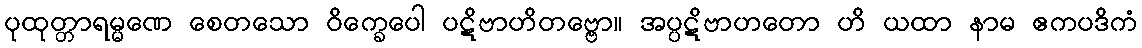
ပုထုတ္တာရမ္မဏေ စေတသော ဝိက္ခေပေါ ပဋိဗာဟိတဗ္ဗော။ အပ္ပဋိဗာဟတော ဟိ ယထာ နာမ ဧကပဒိကံ